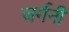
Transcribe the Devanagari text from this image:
जर्गनी